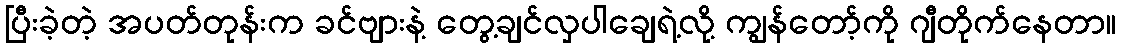
ပြီးခဲ့တဲ့ အပတ်တုန်းက ခင်ဗျားနဲ့ တွေ့ချင်လှပါချေရဲ့လို့ ကျွန်တော့်ကို ဂျီတိုက်နေတာ။